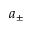
a _ { \pm }